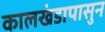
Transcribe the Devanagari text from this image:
कालखंडापासुन